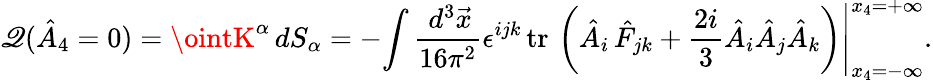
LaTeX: \mathscr{Q}(\hat{{A}}_{4}=0)=\ointK^{\alpha}\, dS_{\alpha}=-\left.\int\frac{{\, d^{3}\vec{{x}}}}{{16\pi^{2}}}\epsilon^{ijk}\, \mathrm{{tr\, }}\left(\hat{{A}}_{i}\, \hat{{F}}_{jk}+\frac{{2i}}{3}\hat{{A}}_{i}\hat{{A}}_{j}\hat{{A}}_{k}\right)\right|_{x_{4}=-\infty}^{x_{4}=+\infty}.